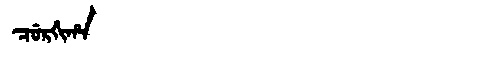
Manchu: ᠴᡠᡵᡤᡳᡥᠠ
Romanization: CURGIHA